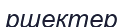
ршектер